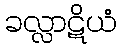
ခလ္လာဋိယံ